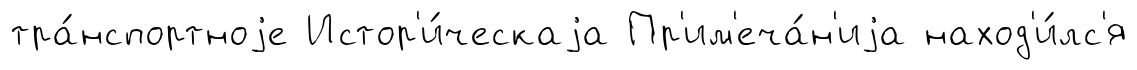
тра́нспортноjе Истор'и́ческаjа Пр'им'еча́н'иjа наход'и́лс'я